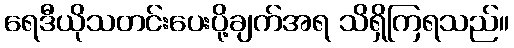
ရေဒီယိုသတင်းပေးပို့ချက်အရ သိရှိကြရသည်။